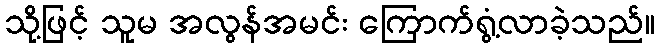
သို့ဖြင့် သူမ အလွန်အမင်း ကြောက်ရွံ့လာခဲ့သည်။